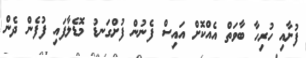
ފުށާއި ހުރިހާ ބާވަތް އެއްކޮށް އައިސް ފެނުން ފުށްގަނޑު މޮޑެލާފައި ފުފެން ދެން